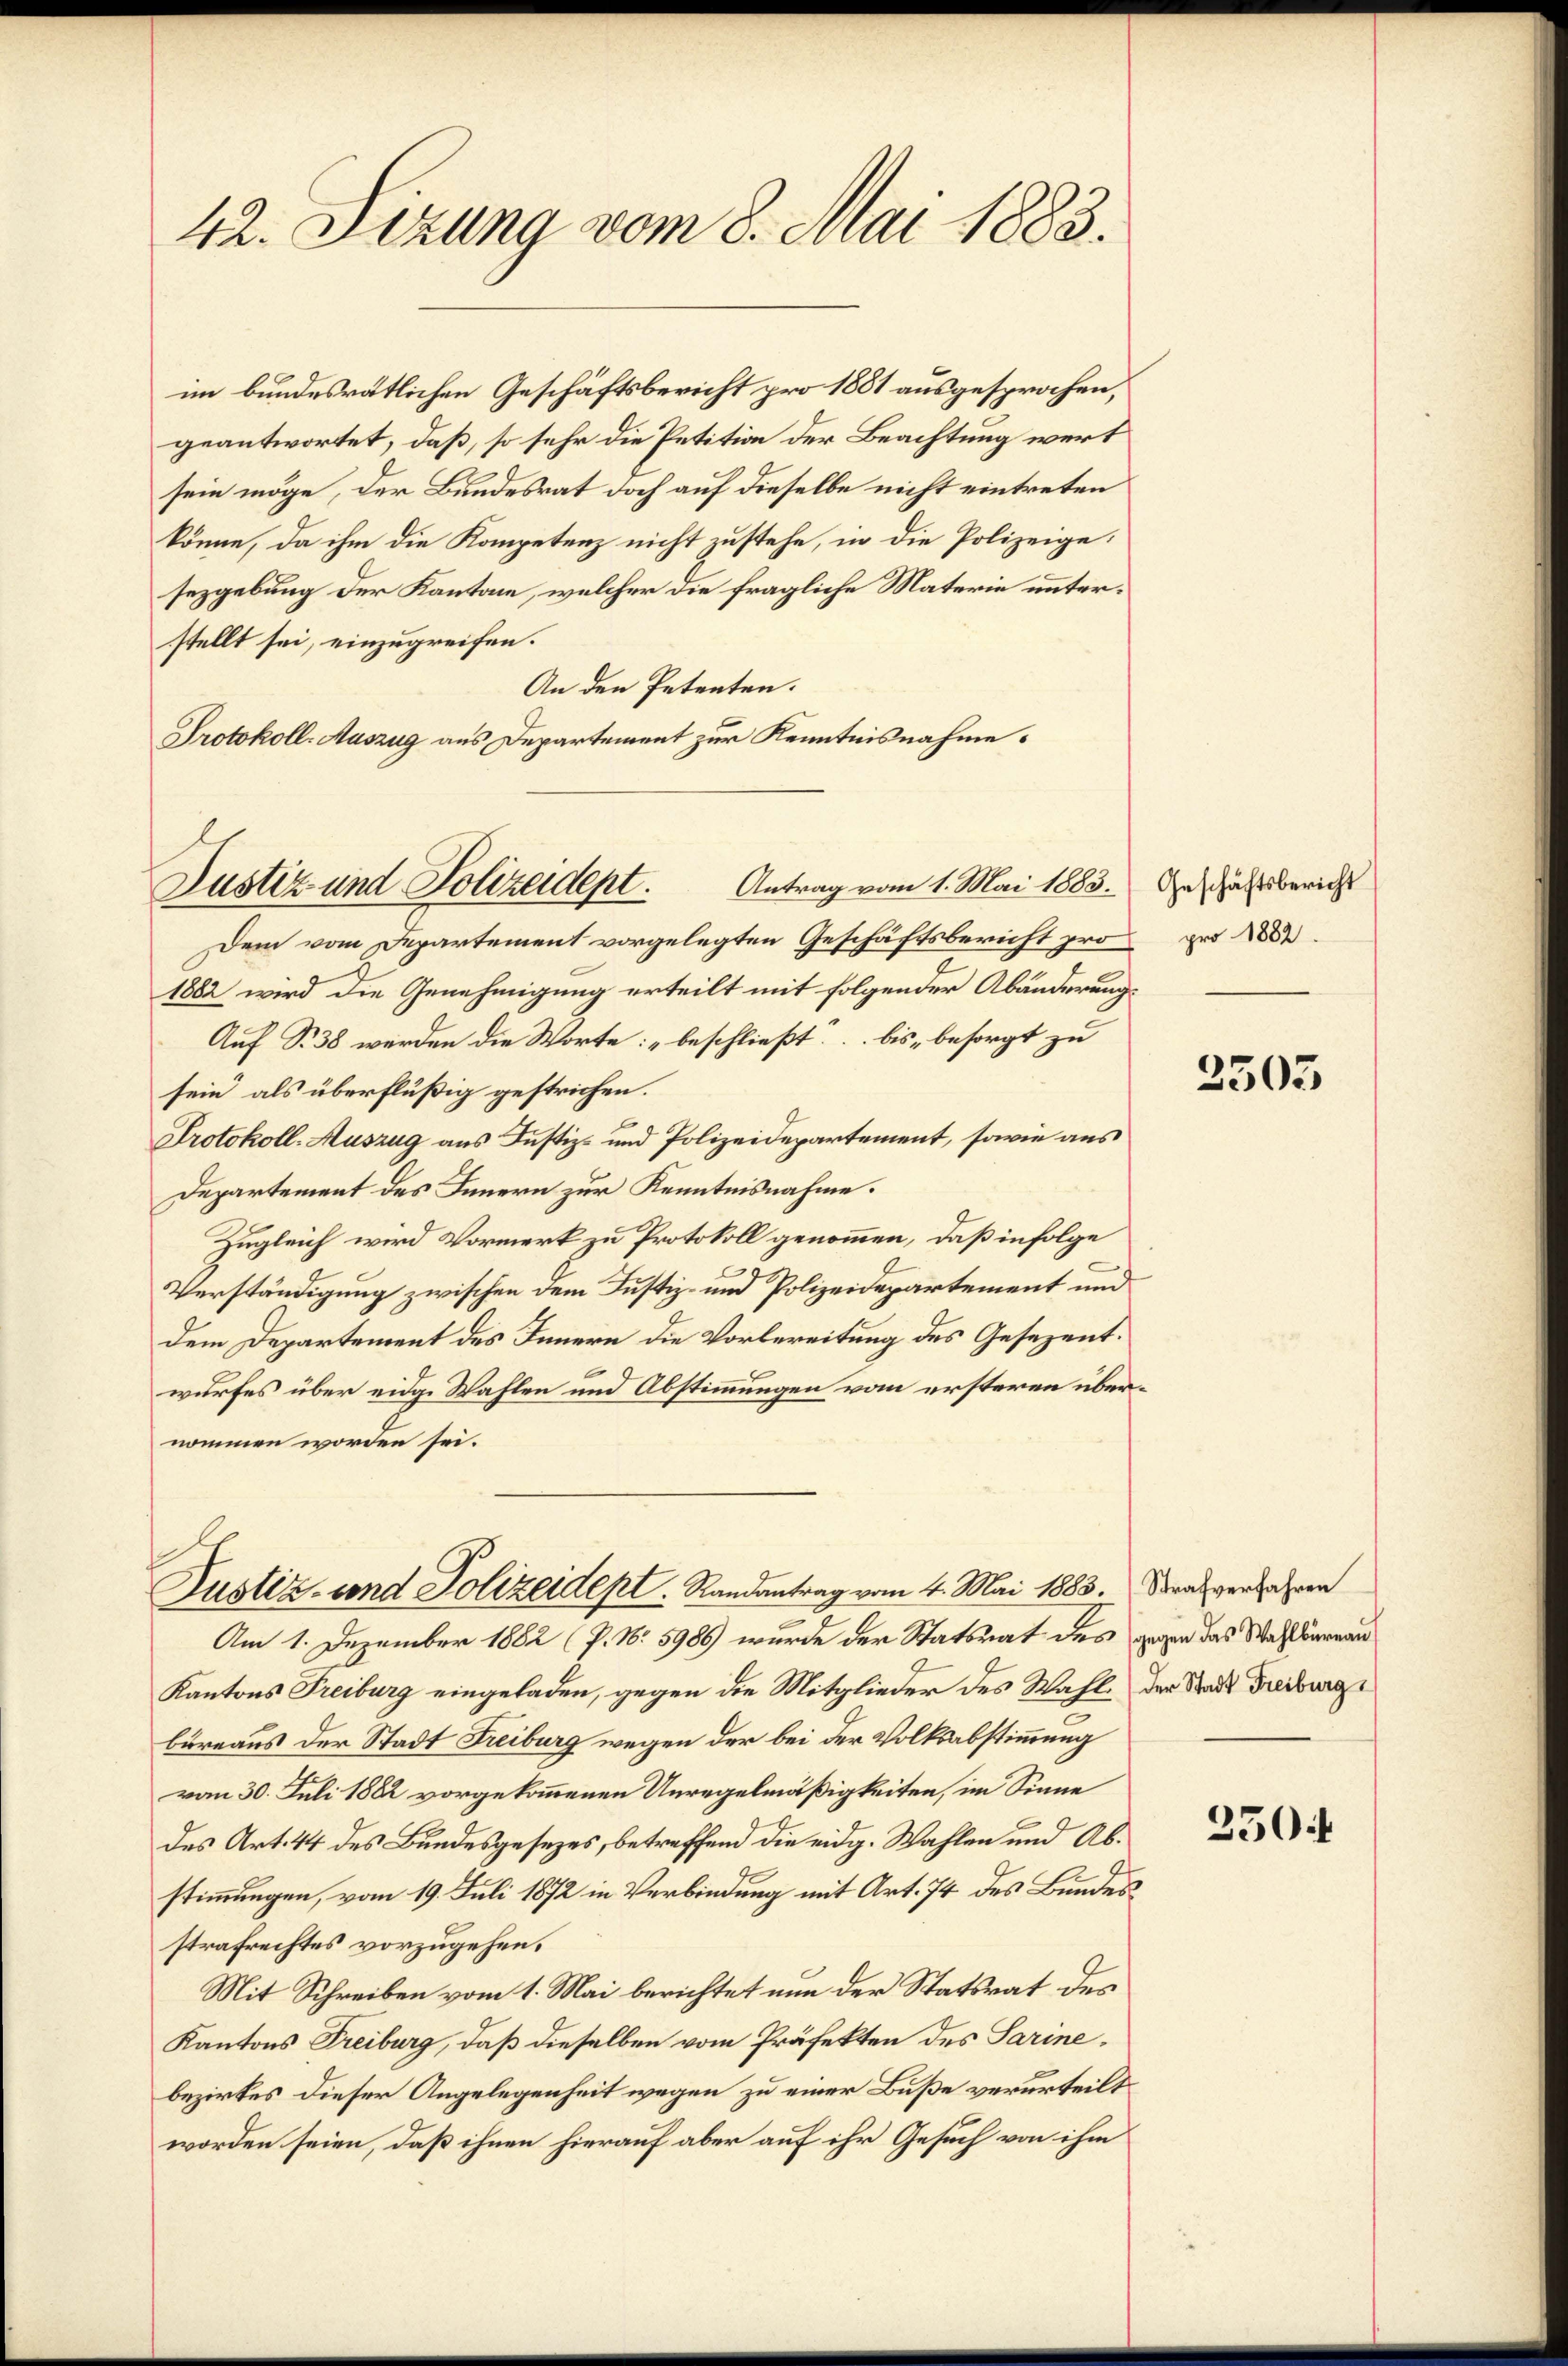
42. Sizung vom 8. Mai 1883.

im bundesrätlichen Geschäftsbericht pro 1881 ausgesprochen,
geantwortet, daß, so sehr die Petition der Beachtung wert
sein möge, der Bundesrat doch auf dieselbe nicht eintreten
könne, da ihm die Kompetenz nicht zustehe, in die Polizeigesezgebung der Kantone, welcher die fragliche Materie unterstellt sei, einzugreifen.
An den Petenten.
Protokoll-Auszug aus Departement zur Kenntnisnahme.
Dem vom Departement vorgelegten Geschäftsbericht pro pro 1882
1882 wird die Genehmigung erteilt mit folgender Abänderung¬
Auf S. 38 werden die Worte: „beschließt: bis besorgt zu |
sein als überflüßig gestrichen.
Protokoll-Auszug aus Justiz- und Polizeidepartement, sowie aus
Departement des Innern zur Kenntnisnahme.
Zugleich wird Vormerk zu Protokoll genommen, daß infolge
Verständigung zwischen dem Justiz- und Polizeidepartement und
Dem Departement des Innern die Vorbereitung des Gesezentwurfes über eidg. Wahlen und Abstimmungen vom ersteren übernommen worden sei.
Justiz- und Polizeidept. Randantrag vom 4. Mai 1883. Strafverfahren
Am 1. Dezember 1882 (P. Nr. 5986) wurde der Statsrat des gegen das Wahlbarnau
Kantons Freiburg eingeladen, gegen die Mitglieder des Wahl, der Stadt Freiburge
büreaus der Stadt Freiburg wegen der bei der Volksabstimmung
vom 30. Juli 1882 vorgekommenen Unregelmäßigkeiten, im Sinne
des Art. 44 des Bundesgesezes, betreffend die eidg. Wahlen und Abstimmungen, vom 19. Juli 1872 in Verbindung mit Art. 74 des Bundesstrafrechtes vorzugehen.
Mit Schreiben vom 1. Mai berichtet nun der Statsrat des
Kantons Treiburg, daß dieselben vom Präfekten des Sarinebezirkes dieser Angelegenheit wegen zu einer Buße verurteilt
worden seien, daß ihnen hierauf aber auf ihr Gesuch von ihm

Justiz und Polizeidept. Antrag vom 1. Mai 1883.

Geschäftsbericht

3503

350